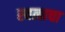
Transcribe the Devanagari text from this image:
स्वत्वाचा